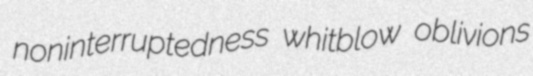
noninterruptedness whitblow oblivions